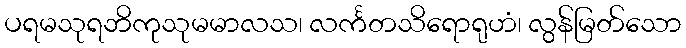
ပရမသုရဘိကုသုမမာလသ၊ လင်္ကတသိရောရုဟံ၊ လွန်မြတ်သော